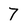
Character: 7